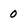
Character: 0